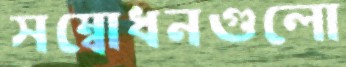
সম্বোধনগুলো